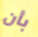
بأن